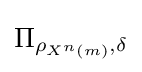
\Pi _{\rho _{X^{n}\left(m\right)},\delta }